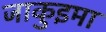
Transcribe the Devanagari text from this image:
जाकुइमा